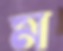
ম